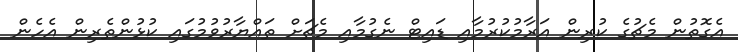
އެގޮތުން މެޗުގެ ކުރިން އަރާމުކުރުމާއި ޑައިޓް ނެގުމާއި މެޗަށް ތައްޔާރުވުމުގައި ކުޅުންތެރިން އެހެން